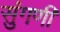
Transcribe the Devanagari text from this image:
सुंगणी